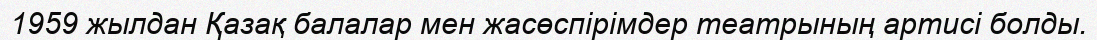
1959 жылдан Қазақ балалар мен жасөспірімдер театрының артисі болды.